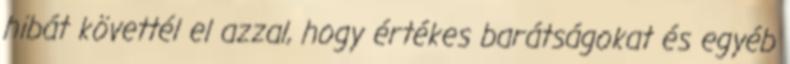
hibát követtél el azzal, hogy értékes barátságokat és egyéb